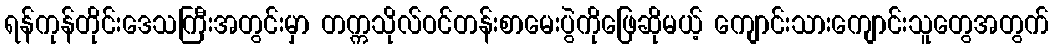
ရန်ကုန်တိုင်းဒေသကြီးအတွင်းမှာ တက္ကသိုလ်ဝင်တန်းစာမေးပွဲကိုဖြေဆိုမယ့် ကျောင်းသားကျောင်းသူတွေအတွက်